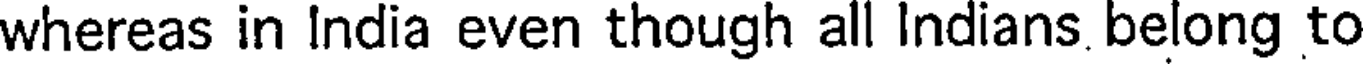
whereas in India even though all Indians belong to